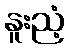
နူးညံ့